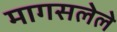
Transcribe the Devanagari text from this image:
मागसलेले